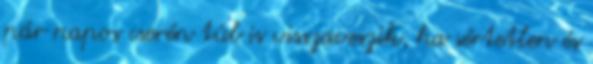
pár napos cserén túl is visszaveszik, ha sértetlen és